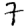
Digit: 7